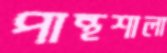
পান্থশালা